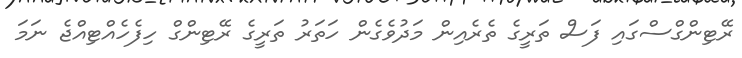
ރޭޓިންގްސްގައި ފަސް ތަރީގެ ތެރެއިން މަދުވެގެން ހަތަރު ތަރީގެ ރޭޓިންގް ހިފެހެއްޓިއްޖެ ނަމަ